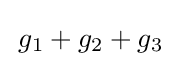
\,g_{1}+g_{2}+g_{3}